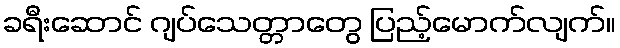
ခရီးဆောင် ဂျပ်သေတ္တာတွေ ပြည့်မောက်လျက်။